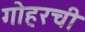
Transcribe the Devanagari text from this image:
गोहरची